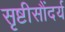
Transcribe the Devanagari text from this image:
सृष्टीसौंदर्य